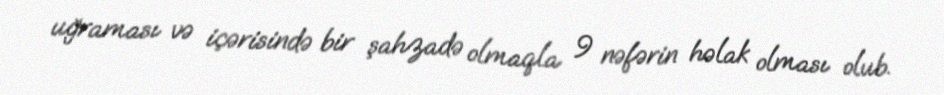
uğraması və içərisində bir şahzadə olmaqla 9 nəfərin həlak olması olub.